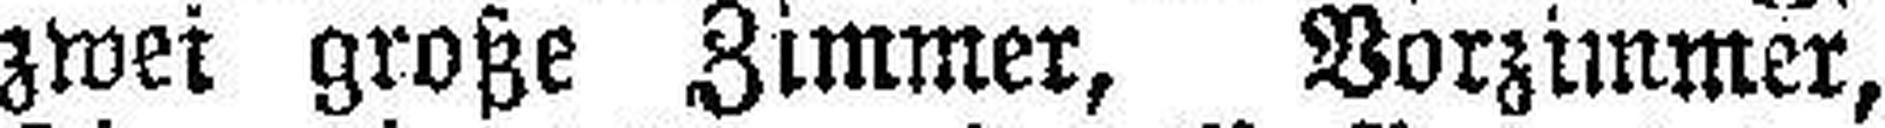
zwei große Zimmer, Vorzimmer,